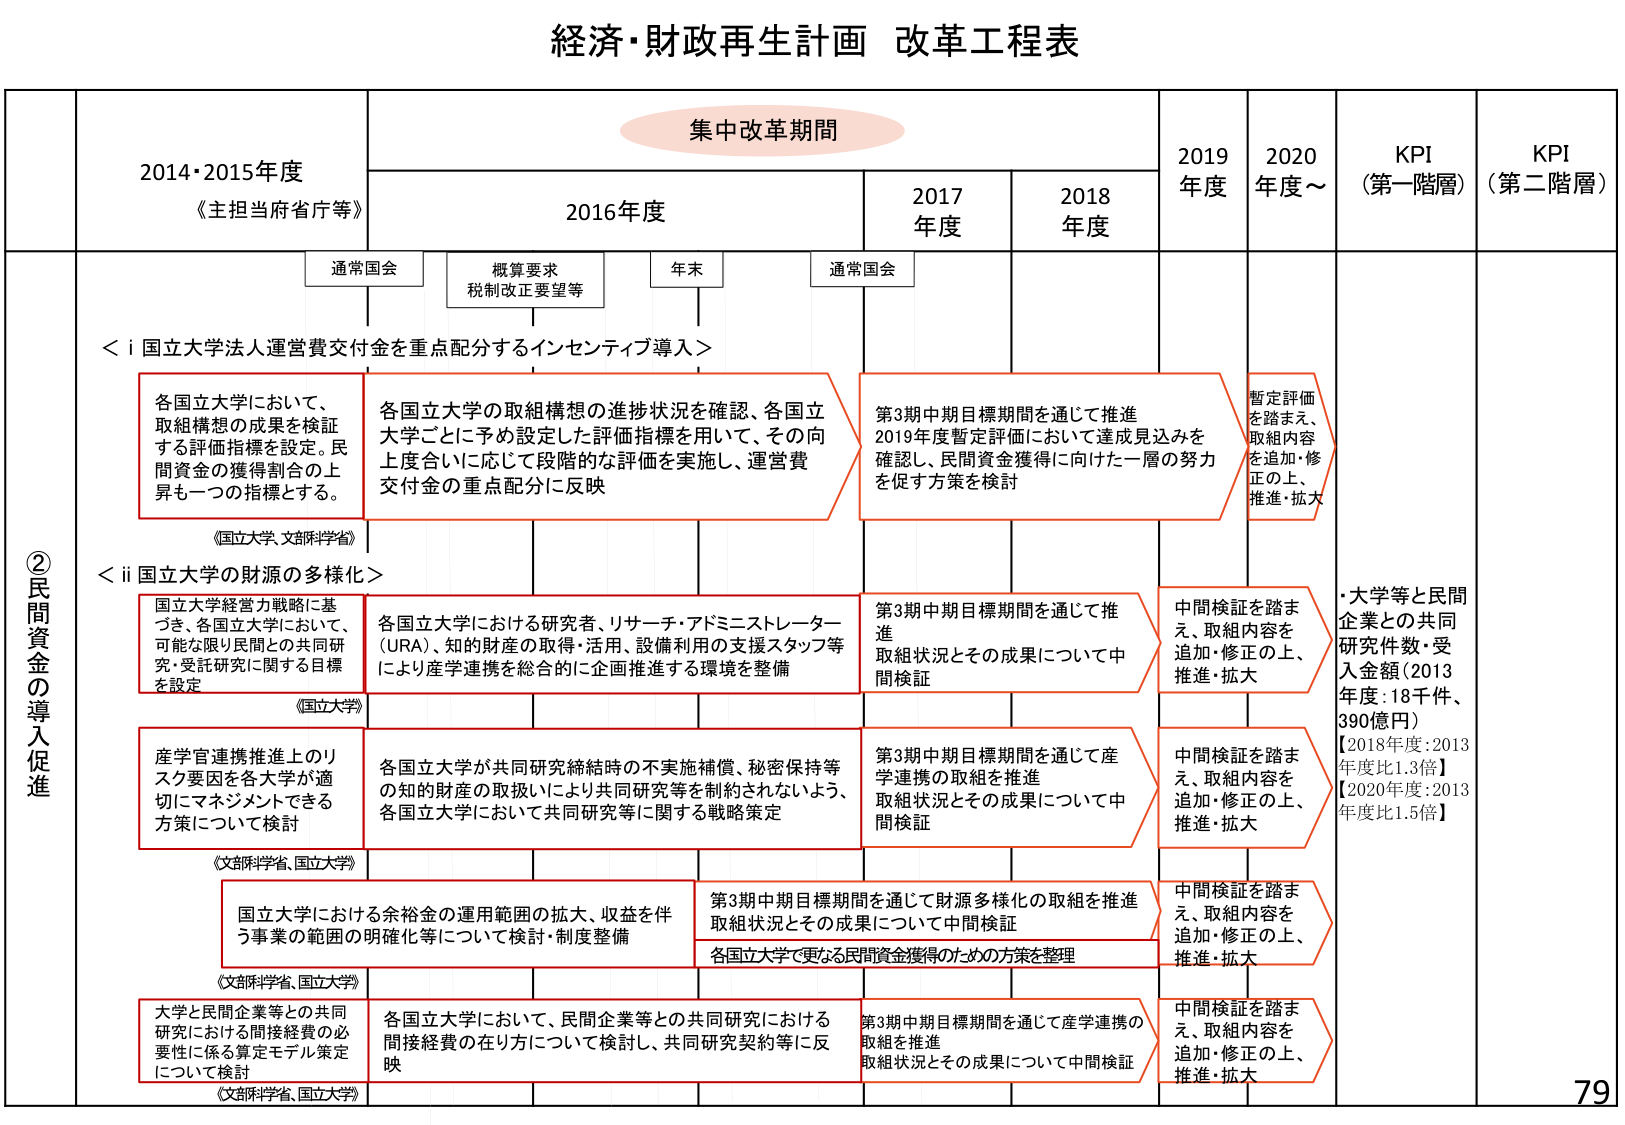
経済・財政再生計画 改革工程表

集中改革期間

2014・2015年度
《主担当府省庁等》

2016年度
通常国会
概算要求
税制改正要望等
年末

2017年度
通常国会

2018年度

2019年度

2020年度～

KPI
（第一階層）

KPI
（第二階層）

②民間資金の導入促進

＜i 国立大学法人運営費交付金を重点配分するインセンティブ導入＞

各国立大学において、
取組構想の成果を検証
する評価指標を設定。民間資金の獲得割合の上昇も一つの指標とする。

各国立大学の取組構想の進捗状況を確認、各国立大学ごとに予め設定した評価指標を用いて、その向上度合いに応じて段階的な評価を実施し、運営費交付金の重点配分に反映

第3期中期目標期間を通じて推進
2019年度暫定評価において達成見込みを確認し、民間資金獲得に向けた一層の努力を促す方策を検討

暫定評価を踏まえ、取組内容を追加・修正の上、推進・拡大

＜ii 国立大学の財源の多様化＞

《国立大学、文部科学省》

国立大学経営方戦略に基づき、各国立大学において、可能な限り民間との共同研究・受託研究に関する目標を設定

各国立大学における研究者、リサーチ・アドミニストレーター（URA）、知的財産の取得・活用、設備利用の支援スタッフ等により産学連携を総合的に企業推進する環境を整備

第3期中期目標期間を通じて推進
取組状況とその成果について中間検証

中間検証を踏まえ、取組内容を追加・修正の上、推進・拡大

・大学等と民間企業との共同研究件数・受入金額（2013年度：18千件、390億円）
【2018年度：2013年度比1.3倍】
【2020年度：2013年度比1.5倍】

《国立大学》

産学官連携推進上のリスク要因を各大学が適切にマネジメントできる方策について検討

各国立大学が共同研究締結時の不実施補償、秘密保持等の知的財産の取扱いにより共同研究等を制約されないよう、各国立大学において共同研究等に関する戦略策定

第3期中期目標期間を通じて産学連携の取組を推進
取組状況とその成果について中間検証

中間検証を踏まえ、取組内容を追加・修正の上、推進・拡大

《文部科学省、国立大学》

国立大学における余裕金の運用範囲の拡大、収益を伴う事業の範囲の明確化等について検討・制度整備

第3期中期目標期間を通じて財源多様化の取組を推進
取組状況とその成果について中間検証
各国立大学で更なる民間資金獲得のための方策を整理

中間検証を踏まえ、取組内容を追加・修正の上、推進・拡大

《文部科学省、国立大学》

大学と民間企業等との共同研究における間接経費の必要性に係る算定モデル策定について検討

各国立大学において、民間企業等との共同研究における間接経費の在り方について検討し、共同研究契約等に反映

第3期中期目標期間を通じて産学連携の取組を推進
取組状況とその成果について中間検証

中間検証を踏まえ、取組内容を追加・修正の上、推進・拡大

79